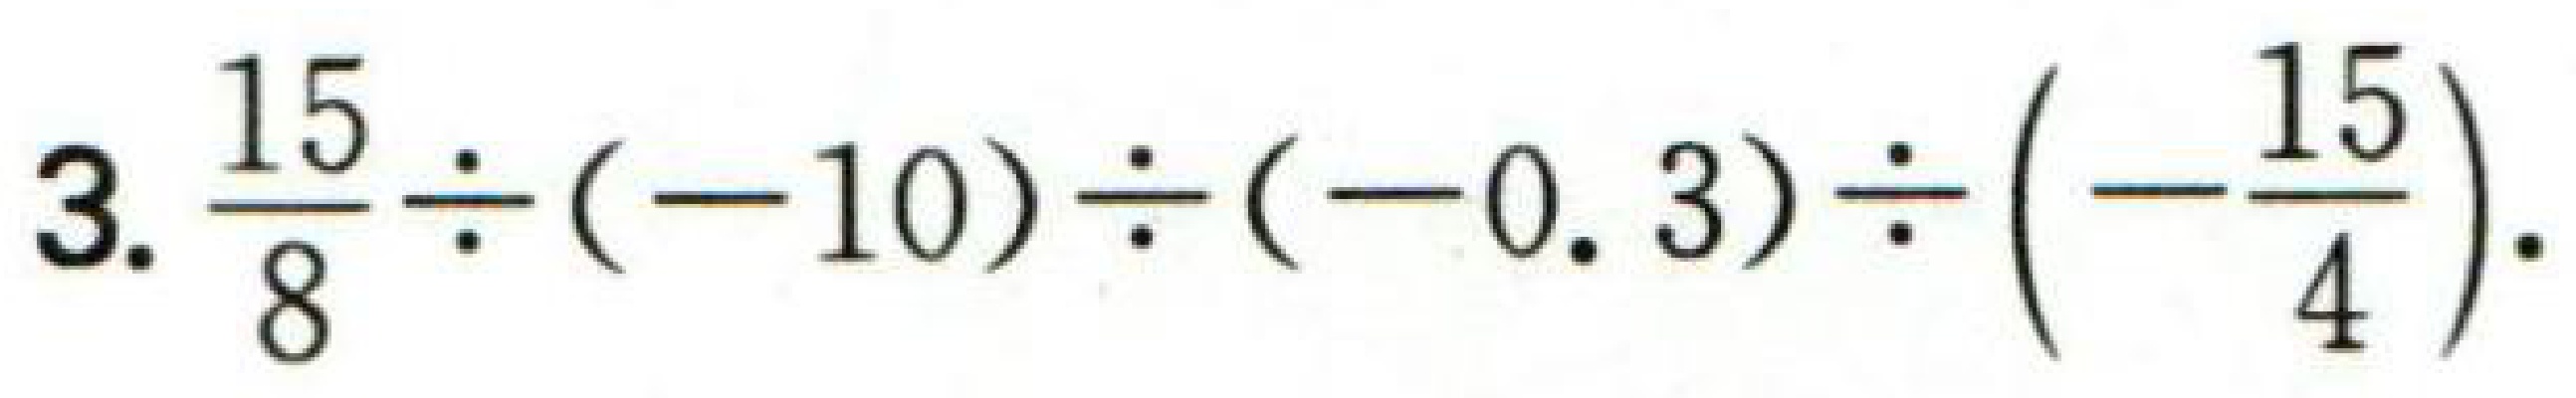
$3.\frac{15}{8}\div(-10)\div(-0.3)\div\left(-\frac{15}{4}\right).$